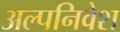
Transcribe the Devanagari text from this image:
अल्पनिवेश